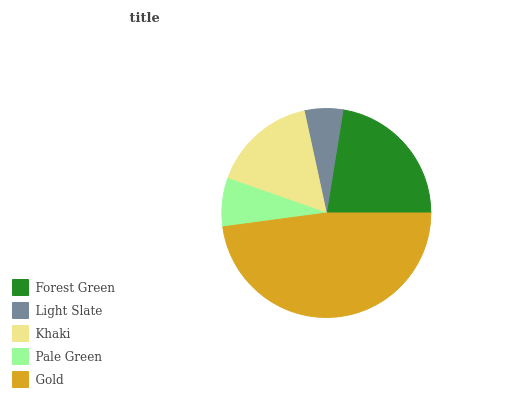
| Forest Green | Light Slate | Khaki | Pale Green | Gold |
 | --- | --- | --- | --- | --- |
 | 22.4% | 5.95% | 16.2% | 7.48% | 47.9% |